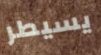
يسيطر